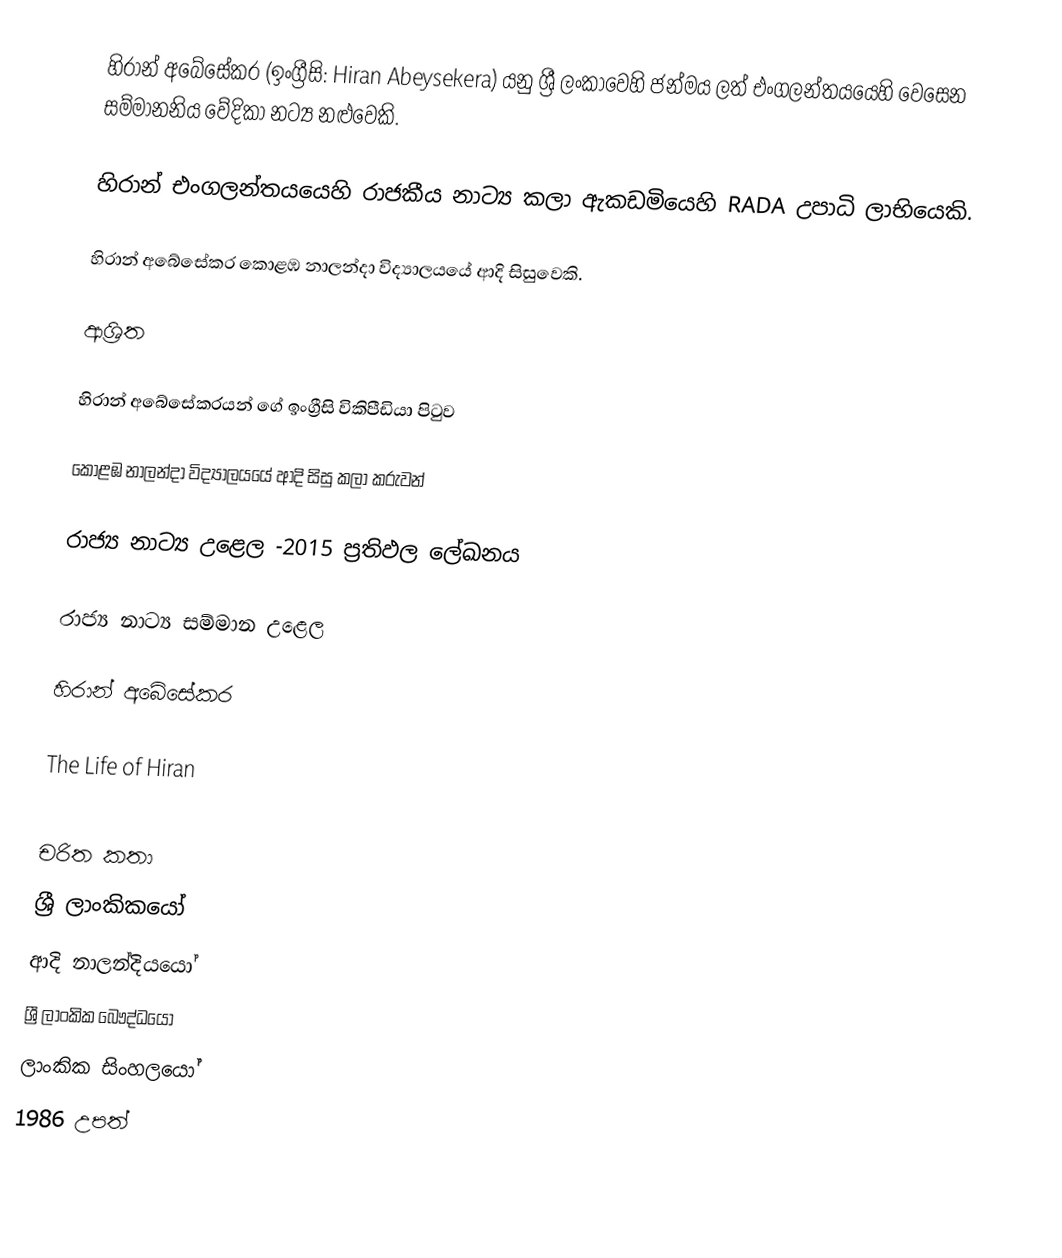
හිරාන් අබේසේකර (ඉංග්‍රීසි: Hiran Abeysekera) යනු  ශ්‍රී ලංකාවෙහි ජන්මය ලත් එංගලන්තයයෙහි වෙසෙන සම්මානනිය වේදිකා නට්‍ය නළුවෙකි.

හිරාන් එංගලන්තයයෙහි රාජකීය නාට්‍ය කලා ඇකඩමියෙහි RADA උපාධි ලාභියෙකි.

හිරාන් අබේසේකර  කොළඹ නාලන්දා විද්‍යාලයයේ ආදි සිසුවෙකි.

ආශ්‍රිත

 හිරාන් අබේසේකරයන් ගේ ඉංග්‍රීසි විකිපීඩියා පිටුව

 කොළඹ නාලන්දා විද්‍යාලයයේ ආදි සිසු කලා කරුවන්

 රාජ්‍ය නාට්‍ය උළෙල -2015 ප්‍රතිඵල ලේඛනය

 රාජ්‍ය නාට්‍ය සම්මාන උළෙල

 හිරාන් අබේසේකර

 The Life of Hiran

චරිත කතා
ශ්‍රී ලාංකිකයෝ
ආදි නාලන්දියයෝ
ශ්‍රී ලාංකික බෞද්ධයෝ
ලාංකික සිංහලයෝ
1986 උපත්